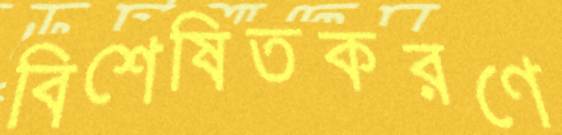
বিশেষিতকরণে